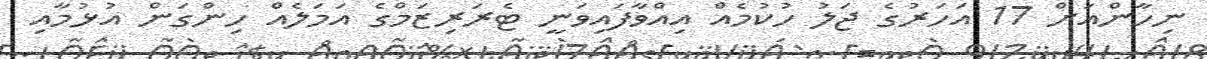
ނިހާންއަށް 17 އަހަރުގެ ޖަލު ހުކުމެއް އިއްވާފައިވަނީ ޓެރަރިޒަމްގެ އަމަލެއް ހިންގަން އުޅުމާއި